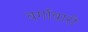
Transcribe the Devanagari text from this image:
वर्गावारी